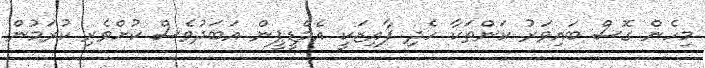
މިހެން ގޮސް ބައިވަރު ކަންތަކާ ހެދި ފާއިޒަކީ އެމްޑީޕީން އަބަދުވެސް ކުށްވެރި ކުރަމުން